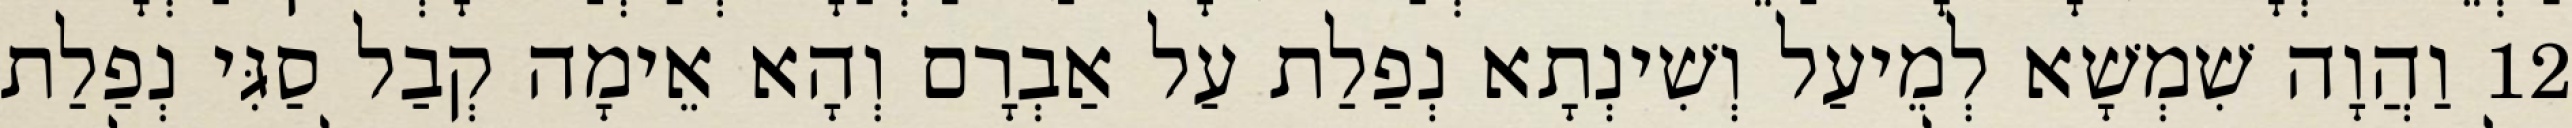
12 וַהֲוָה שִׁמְשָׁא לְמֵיעַל וְשִׁינְתָא נְפַלַת עַל אַבְרָם וְהָא אֵימָה קְבַל סַגִּי נְפַלַת